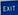
exit